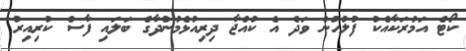
ކޯޓް އަމުރަކާއެކު ފުލުހުން ވަދެ އެ ކުއްޖާ ދިރިއުޅެމުންދާގެ ބަލައި ފާސް ކުރިއިރު